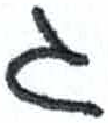
אות: ג